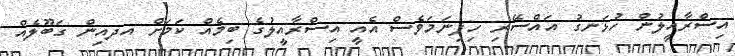
އިސްރާއީލުން ހުޅަނގު އައްސޭރި ހިފިނަމަވެސް އެއީ އިސްރާއީލުގެ ބިމެއް ކަމަށް އދއިން ގަބޫލެއް